Indian journal of veterinary science and animal husbandry - Volume 6,
Year: 1936
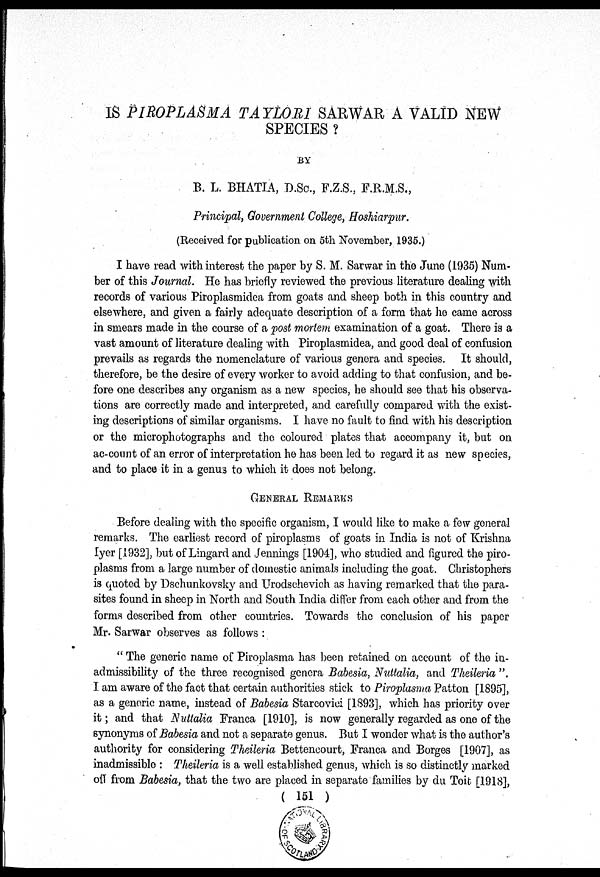
IS PIROPLASMA TAYLORI SARWAR A VALID NEW
SPECIES ?
BY
B. L. BHATIA, D.SC., F.Z.S., F.R.M.S.,
Principal, Government College, Hoshiarpur.
(Received for publication on 5th November, 1935.)
I have read with interest the paper by S. M. Sarwar in the June (1935) Num-
ber of this Journal. He has briefly reviewed the previous literature dealing with
records of various Piroplasmidea from goats and sheep both in this country and
elsewhere, and given a fairly adequate description of a form that he came across
in smears made in the course of a post mortem examination of a goat. There is a
vast amount of literature dealing with Piroplasmidea, and good deal of confusion
prevails as regards the nomenclature of various genera and species. It should,
therefore, be the desire of every worker to avoid adding to that confusion, and be-
fore one describes any organism as a new species, he should see that his observa-
tions are correctly made and interpreted, and carefully compared with the exist-
ing descriptions of similar organisms. I have no fault to find with his description
or the microphotographs and the coloured plates that accompany it, but on
ac-count of an error of interpretation he has been led to regard it as new species,
and to place it in a genus to which it does not belong.
GENERAL REMARKS
Before dealing with the specific organism, I would like to make a few general
remarks. The earliest record of piroplasms of goats in India is not of Krishna
Iyer [1932], but of Lingard and Jennings [1904], who studied and figured the piro-
plasms from a large number of domestic animals including the goat. Christophers
is quoted by Dschunkovsky and Urodschevich as having remarked that the para-
sites found in sheep in North and South India differ from each other and from the
forms described from other countries. Towards the conclusion of his paper
Mr. Sarwar observes as follows :
" The generic name of Piroplasma has been retained on account of the in-
admissibility of the three recognised genera Babesia, Nuttalia, and Theileria ".
I am aware of the fact that certain authorities stick to Piroplasma Patton [1895],
as a generic name, instead of Babesia Starcovici [1893], which has priority over
it; and that Nuttalia Franca [1910], is now generally regarded as one of the
synonyms of Babesia and not a separate genus. But I wonder what is the author's
authority for considering Theileria Bettencourt, Franca and Borges [1907], as
inadmissible : Theileria is a well established genus, which is so distinctly marked
off from Babesia, that the two are placed in separate families by du Toit [1918],
( 151 )